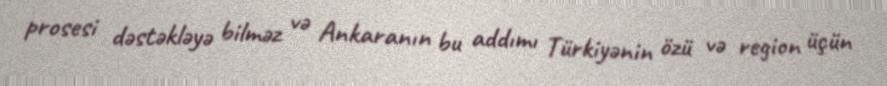
prosesi dəstəkləyə bilməz və Ankaranın bu addımı Türkiyənin özü və region üçün